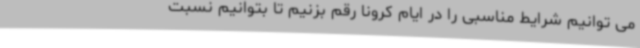
می توانیم شرایط مناسبی را در ایام کرونا رقم بزنیم تا بتوانیم نسبت